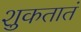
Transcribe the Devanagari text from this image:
शुकतातं